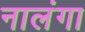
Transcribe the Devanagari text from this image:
नालंगा